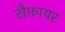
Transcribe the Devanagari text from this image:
सैफ़ायर